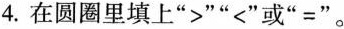
4. 在圆圈里填上”>””<”或”=” 。